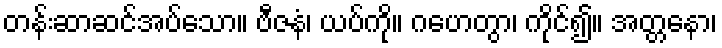
တန်းဆာဆင်အပ်သော။ ဗီဇနံ၊ ယပ်ကို။ ဂဟေတွာ၊ ကိုင်၍။ အတ္တနော၊